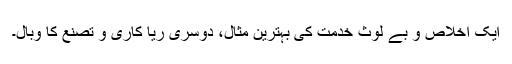
ایک اخلاص و بے لوث خدمت کی بہترین مثال، دوسری ریا کاری و تصنع کا وبال۔